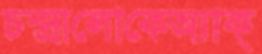
চন্দ্রালোকেঅ্যাক্